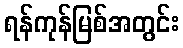
ရန်ကုန်မြစ်အတွင်း